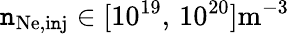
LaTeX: \mathtt{n}_{\mathrm{{Ne,i\mathtt{n}j}}}\in[10^{19},\, 10^{20}]\mathrm{{m^{-3}}}